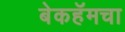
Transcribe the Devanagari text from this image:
बेकहॅमचा